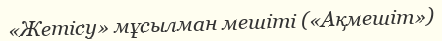
«Жетісу» мұсылман мешіті («Ақмешіт»)